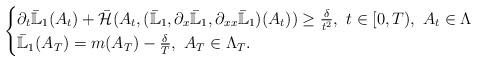
LaTeX: \begin{align*}\begin{cases}\partial_t \bar{\mathbb{L}}_1(A_t) + \bar{\mathcal{H}}(A_t,(\bar{\mathbb{L}}_1, \partial_x \bar{\mathbb{L}}_1, \partial_{xx} \bar{\mathbb{L}}_1)(A_t) ) \geq \frac{\delta}{t^2} ,~ t \in [0,T),~ A_t \in \Lambda \\\bar{\mathbb{L}}_1(A_T) = m(A_T) - \frac{\delta}{T},~ A_T \in \Lambda_T.\end{cases}\end{align*}